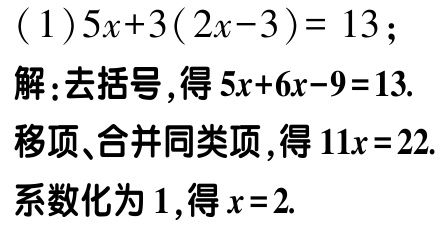
\((1)5x + 3(2x - 3)=13\)；
解：去括号，得\(5x + 6x - 9 = 13\).
移项、合并同类项，得\(11x = 22\).
系数化为\(1\)，得\(x = 2\).